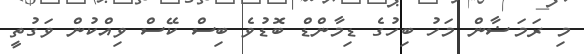
މި ރަމަަޟާން މަހު ބިހުގެ ޑިމާންޑް ބޮޑުވެ ބިސް ކޭސް ވިއްކުން ވަގުތީ